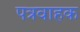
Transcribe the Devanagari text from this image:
पत्रवाहक